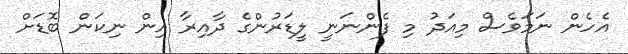
އެހެން ނަމަވެސް މިއަދު މި ފެންނަނީ ލީޑަރުންގެ ދާއިރާ އިން ނިކަން ބޮޑަށް